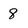
Character: 8